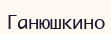
Ганюшкино